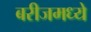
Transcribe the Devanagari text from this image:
बरीजमध्ये